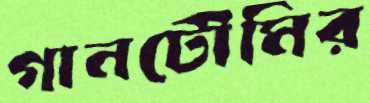
গানটৌমির